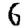
Digit: 6